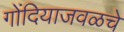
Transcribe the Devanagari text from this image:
गोंदियाजवळचे